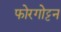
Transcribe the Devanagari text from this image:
फोरगोट्टन